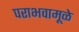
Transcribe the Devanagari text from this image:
पराभवामूळे